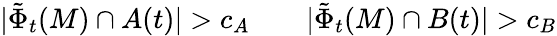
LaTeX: |\tilde{\Phi}_{t}(M)\cap A(t)|>c_{A}\qquad|\tilde{\Phi}_{t}(M)\cap B(t)|>c_{B}